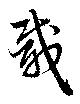
載